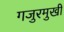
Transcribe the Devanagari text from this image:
गजुरमुखी